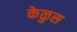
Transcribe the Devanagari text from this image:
केळुस